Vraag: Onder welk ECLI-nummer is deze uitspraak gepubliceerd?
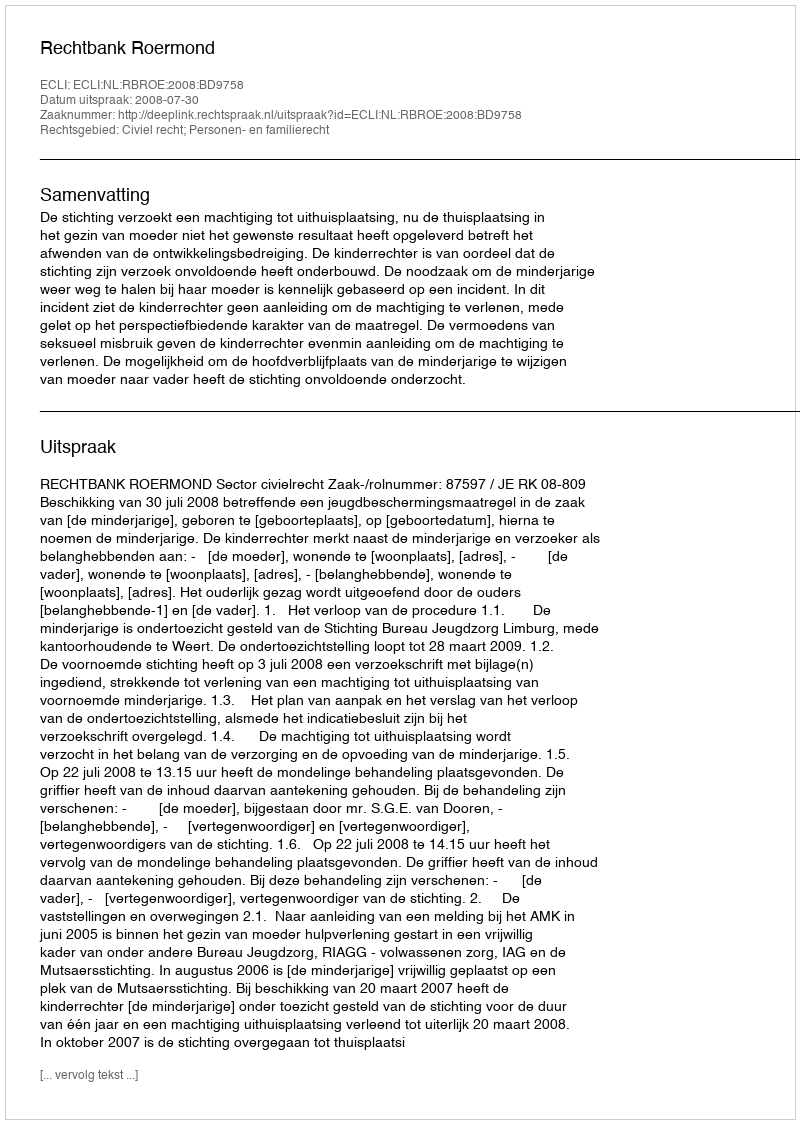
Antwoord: ECLI:NL:RBROE:2008:BD9758